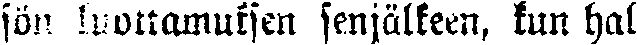
sön luottamuksen senjälkeen, kun hal